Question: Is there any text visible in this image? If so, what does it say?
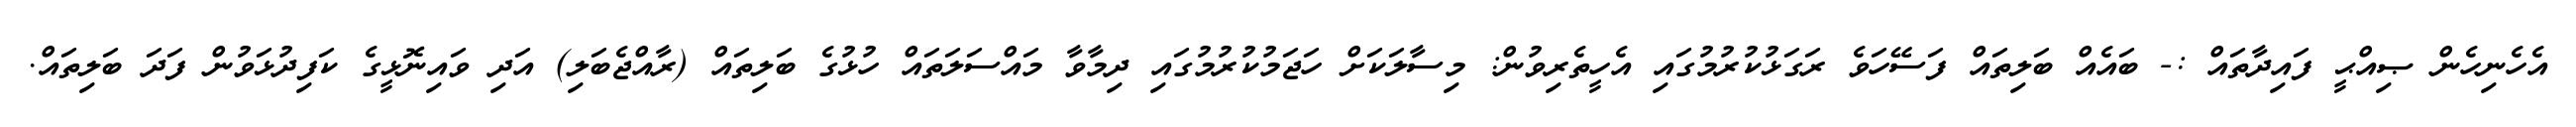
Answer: އެހެނިހެން ޞިއްޙީ ފައިދާތައް :- ބައެއް ބަލިތައް ފަސޭހަވެ ރަގަޅުކުރުމުގައި އެހީތެރިވުން: މިސާލަކަށް ހަޖަމުކުރުމުގައި ދިމާވާ މައްސަލަތައް ހުޅުގެ ބަލިތައް (ރާއްޖެބަލި) އަދި ވައިނޮޅީގެ ކަފިދުޅަވުން ފަދަ ބަލިތައް.